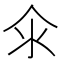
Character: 𱥯